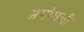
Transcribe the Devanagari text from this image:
अमोघजी